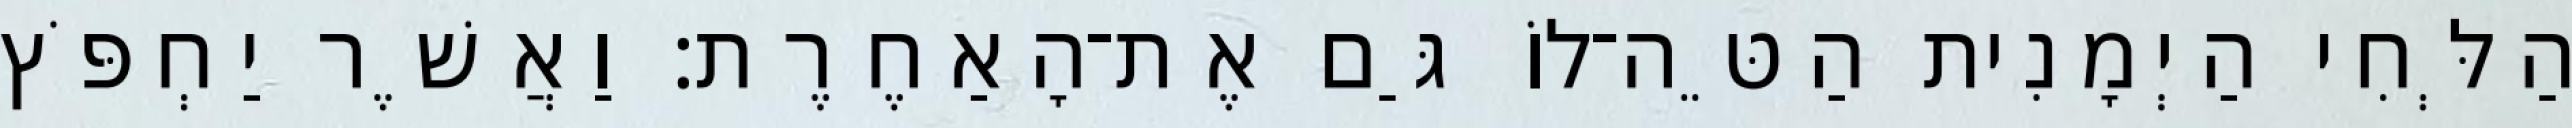
הַלְּחִי הַיְמָנִית הַטֵּה־לוֹ גַּם אֶת־הָאַחֶרֶת׃ וַאֲשֶׁר יַחְפֹּץ